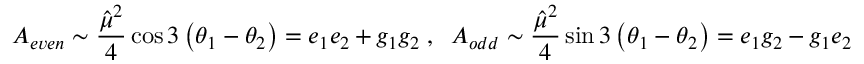
{ \cal A } _ { e v e n } \sim \frac { { \hat { \mu } } ^ { 2 } } 4 \cos 3 \left( \theta _ { 1 } - \theta _ { 2 } \right) = e _ { 1 } e _ { 2 } + g _ { 1 } g _ { 2 } \; , \; \; { \cal A } _ { o d d } \sim \frac { { \hat { \mu } } ^ { 2 } } 4 \sin 3 \left( \theta _ { 1 } - \theta _ { 2 } \right) = e _ { 1 } g _ { 2 } - g _ { 1 } e _ { 2 }